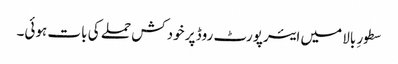
سطورِ بالا میں ایئرپورٹ روڈ پر خودکش حملے کی بات ہوئی۔